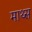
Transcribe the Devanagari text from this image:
माथ्स